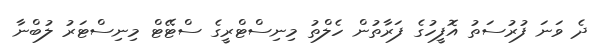
ދެ ވަނަ ފުރުސަތު އޮފީހުގެ ފަރާތުން ހެލްތު މިނިސްޓްރީގެ ސްޓޭޓް މިނިސްޓަރު ލުބްނާ